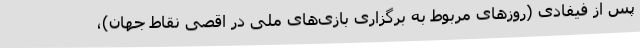
پس از فیفادی (روزهای مربوط به برگزاری بازی‌های ملی در اقصی نقاط جهان)،